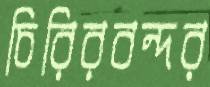
চিরিরবন্দর